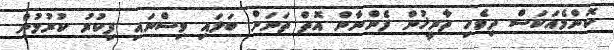
ކޮންމެއަކަސް ދިވެހި ތާރީޚުން ފެންނާން އޮތް ތަނަށް ބަލައި ވިސްނައި ފިކުރު ކުރުމުން